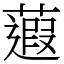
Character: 蕸